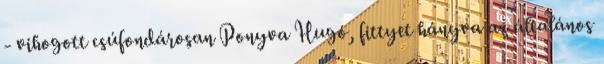
- vihogott csúfondárosan Ponyva Hugó, fittyet hányva az általános